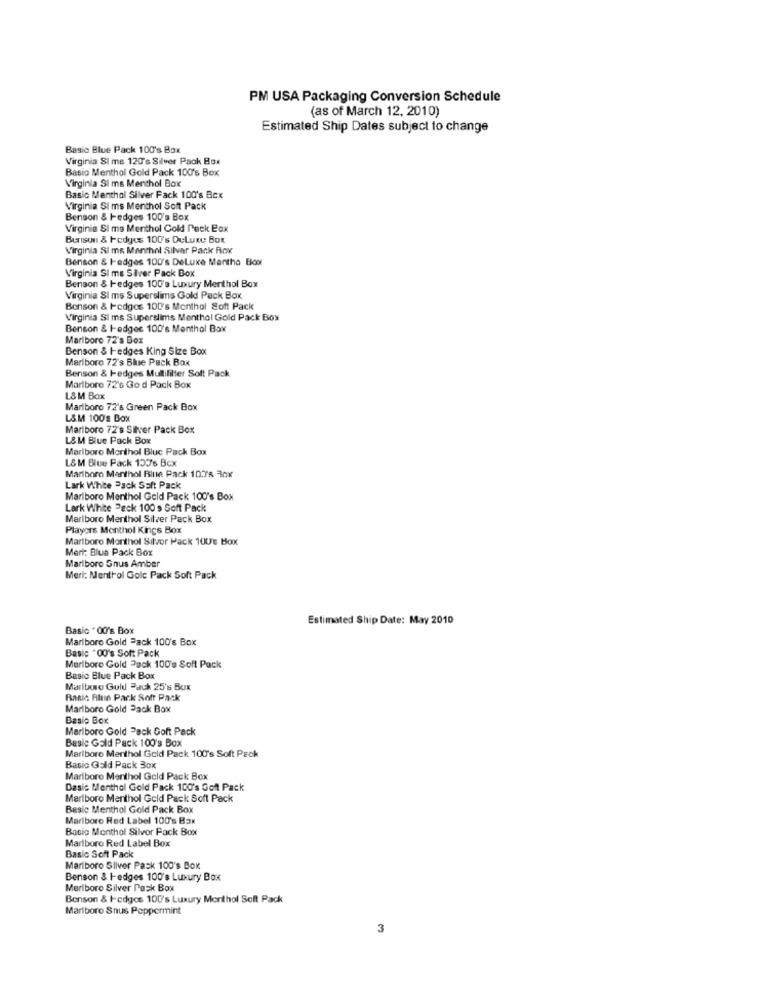
PM USA Packaging Conversion Schedule
(as of March 12, 2010)
Estimated Ship Dates subject to change
Basic Blue Pack 100's Box
Virginia SI me 120's Silver Pack Box
Basio Menthol Gold Pack 100's Box
Virginia SI ms Menthol Box
Basic Menthol Silver Fack 100's Box
Virginia SI ms Menthol Soft Pack
Benson & Hedges 100's Box
Virginia SI ma Menthol Cold Peck Box
Burson & Hedges 100's DeLuxe Box
Virginia Si ms Menthol Silver Pack Box
Benson & Hedges 100's DeLuxe Martho Box
Virginia SI me Silver Pack Box
Benson & Hedges 100's Luxury Menthol Box
Virginia SI ms Superslims Gold Pack Box
Benson & Hedges 100's Menthol Soft Pack
Virginia SI ms Superslims Menthol Gold Pack Box
Benson & I-edges 100's Menthal Box
Marlboro 72's Box
Benson & Hedges King Size Box
Marlboro 72's Blue Pack Box
Benson & Hedges Mullifilter Soft Pack
Marlboro 72's God Pack Box
L& M Box
Marlboro 72's Green Pack Box
L&M 100's Box
Marlboro 72's Silver Pack Box
L& M Blue Pack Box
Marlboro Morthol Bluc Pack Box
L& M Blue Pack 100's Box
Marlboro Marthol Bitte Pack 10.75 30x
Lark White Pack Saft Pack
Marlboro Menthol Geld Pack 100's Box
Lark White Pack 100 s Soft Pack
Marlboro Menthol Silver Pack Box
Players Menthol Kings Box
Marlboro Monthol Sitvor Pack 100's Box
Meri: Blua Pack Box
Marlboro Snus Amber
Meri: Menthol Gole Pack Soft Pack
Estimated Ship Date: May 2010
Basic . 00's Box
Marlboro Gold Pack 100's Box
Basic "00's Soft Pack
Marlboro Gold Pack 100's Soft Pack
Basic Blue Pack Box
Marlboro Guld Pack 25's Box
Ranic Fluin Park Soft Pack
Marlboro Gold Pack Box
Basio Box
Marlboro Gold Pack Goft Pack
Basic Gold Pack 100's Box
Marlboro Menthol Gold Pack 100's Soft Prok
Basic Gold Pack 30x
Marlboro Menthol Gold Pack Box
Dasic Menthol Gold Pack 100's Goft Pack
Marlboro Menthol Geld Pack Soft Pack
Basic Menthol Gold Pack Box
Marlboro Red Label 100's Box
Basic Monthol Silvor Pack Box
Marlboro Red Label Box
Basic Soft Pack
Marlboro Silver Pask 100's Box
Benson & I-edges 100's Luxury Box
Marlboro Silver Pack Box
Benson & Hedgos 100's Luxury Morthol Soft Pack
Marlboro Snus Peppermint
3